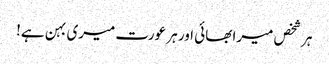
ہر شخص میرا بھائی اور ہر عورت میری بہن ہے!